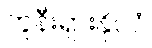
တူနီးရှားနိုင်ငံ